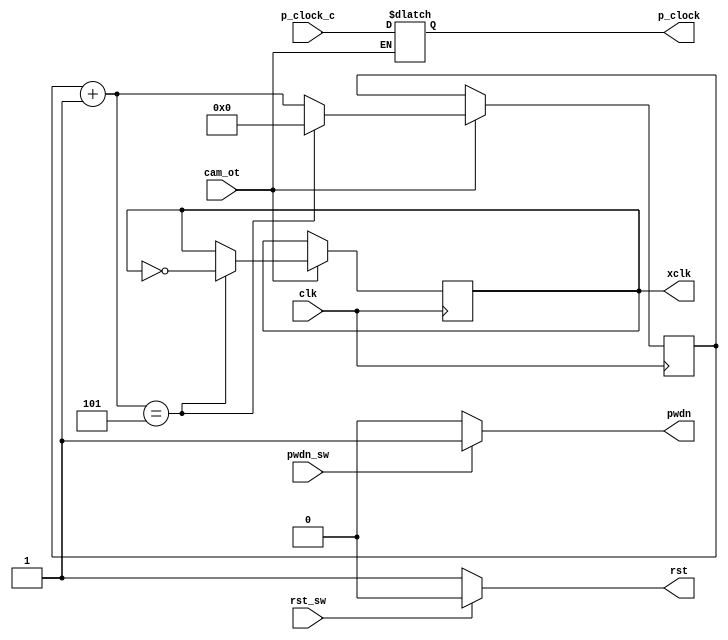
module cam_otr(
	 input clk,
	 input p_clock_c,
    input rst_sw,
	 input pwdn_sw,
	 input cam_ot,
	 output rst,
	 output pwdn,
	 output reg p_clock,
	 output reg xclk = 1 //25MHz
    );

    reg[3:0] contador = 0; 
	 
 
    always @(posedge clk)
    begin
	 if(cam_ot)
	 begin
	 
    contador = contador + 1; 
    if(contador == 5)
    begin
      contador = 0;
      xclk = ~xclk; 
    end
  end
  end
  
	 always @ (clk)
	 begin
	 if(cam_ot)
	 begin
	 p_clock = p_clock_c;
	 end
	 end
  
  assign rst = (rst_sw) ? 0:1;
  assign pwdn = (pwdn_sw) ? 1:0;
  
  endmodule